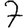
Digit: 7